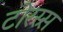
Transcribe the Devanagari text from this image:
टोरस्र्स